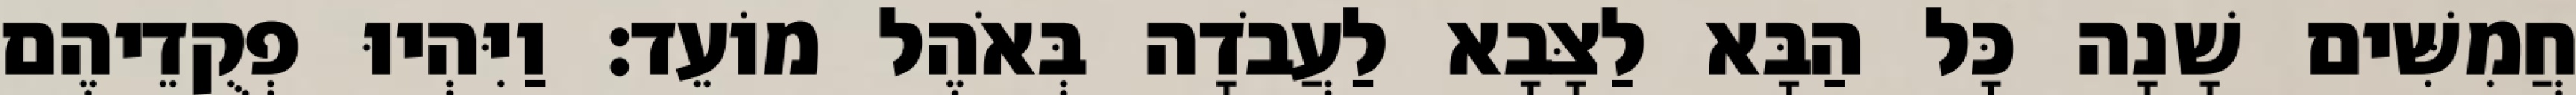
חֲמִשִּׁים שָׁנָה כָּל הַבָּא לַצָּבָא לַעֲבֹדָה בְּאֹהֶל מוֹעֵד׃ וַיִּהְיוּ פְקֻדֵיהֶם